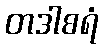
တဒါစရံ